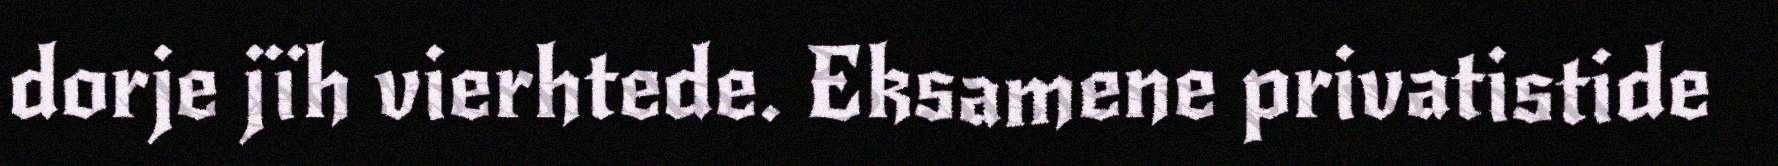
dorje jïh vierhtede. Eksamene privatistide